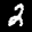
Label: 2